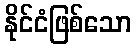
နိုင်ငံဖြစ်သော